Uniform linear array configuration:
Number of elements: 12
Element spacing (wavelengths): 0.75
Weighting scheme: uniform
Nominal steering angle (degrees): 60
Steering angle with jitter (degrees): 59.233
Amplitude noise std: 0.05
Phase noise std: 0.05

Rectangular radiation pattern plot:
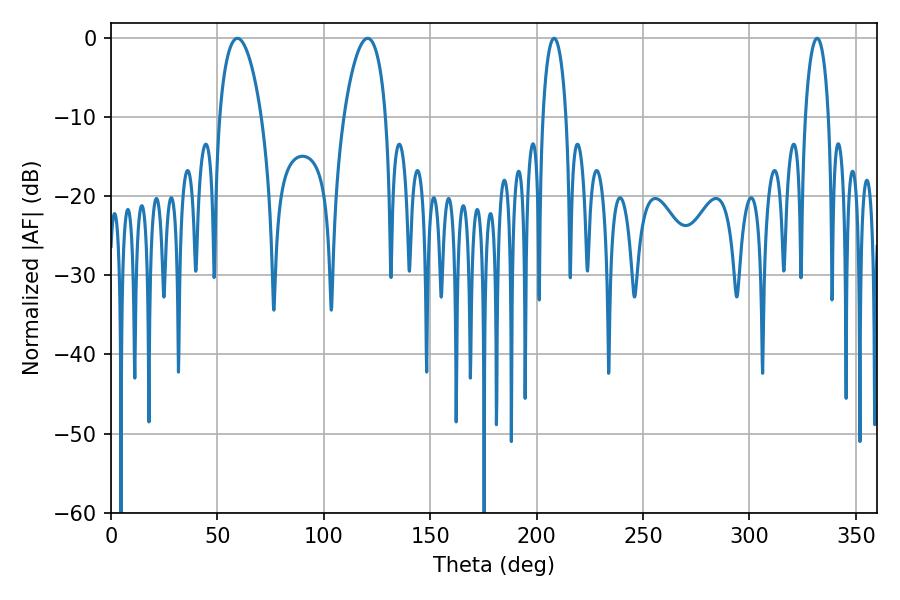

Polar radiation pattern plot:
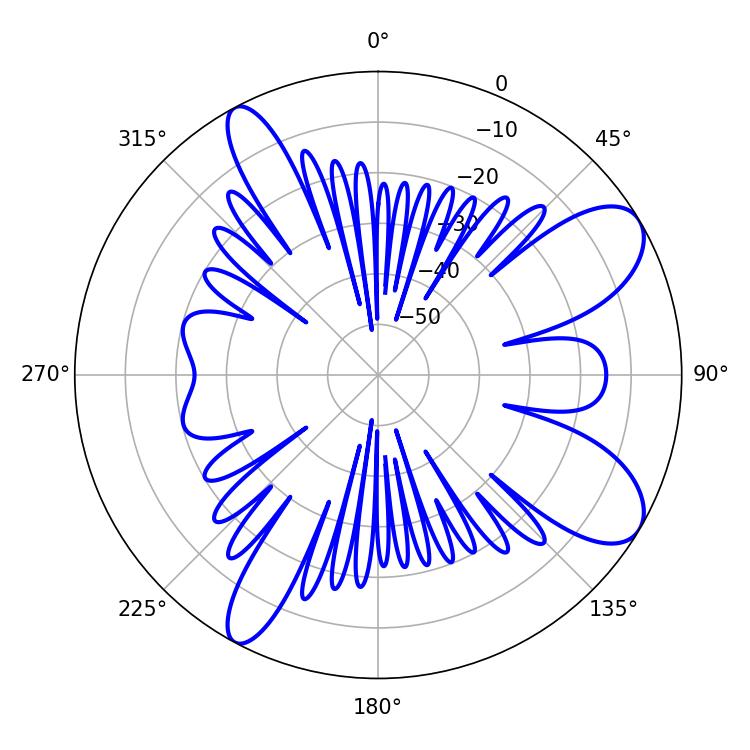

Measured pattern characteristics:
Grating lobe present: TRUE
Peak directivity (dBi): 9.096
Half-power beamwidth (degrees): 11.16
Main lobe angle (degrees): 59.4